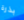
بذرة